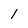
Character: 1